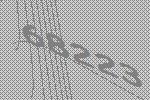
68223